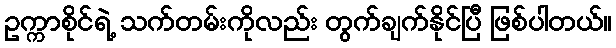
ဥက္ကာစိုင်ရဲ့ သက်တမ်းကိုလည်း တွက်ချက်နိုင်ပြီ ဖြစ်ပါတယ်။